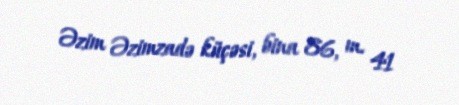
Əzim Əzimzadə küçəsi, bina 86, m. 41